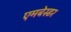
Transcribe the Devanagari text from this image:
एमबेस्डर